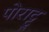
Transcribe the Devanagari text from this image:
पोराट्टु